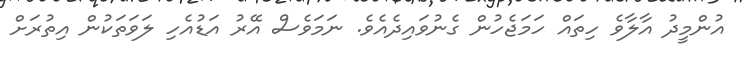
އުންމީދު އާލާވެ ހިތައް ހަމަޖެހުން ގެނުވައިދެއެވެ. ނަމަވެސް އޭރު އަޑުއެހި ލަވަތަކުން އިތުރަށް